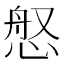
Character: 𫺚